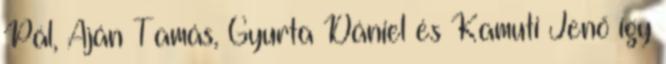
Pál, Aján Tamás, Gyurta Dániel és Kamuti Jenő így